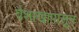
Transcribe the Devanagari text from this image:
वैशाखापासून